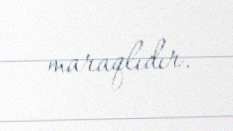
maraqlıdır.